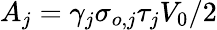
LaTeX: A_{j}=\gamma_{j}\sigma_{o,j}\tau_{j}V_{0}/2